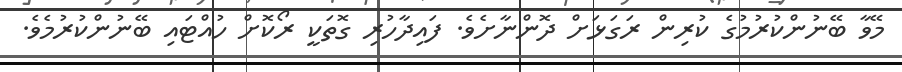
މޭވާ ބޭނުންކުރުމުގެ ކުރިން ރަގަޅަށް ދޮންނާށެވެ. ފައިދާހުރި ގޮތަކީ ރޯކޮށް ހުއްޓައި ބޭނުންކުރުމެވެ.